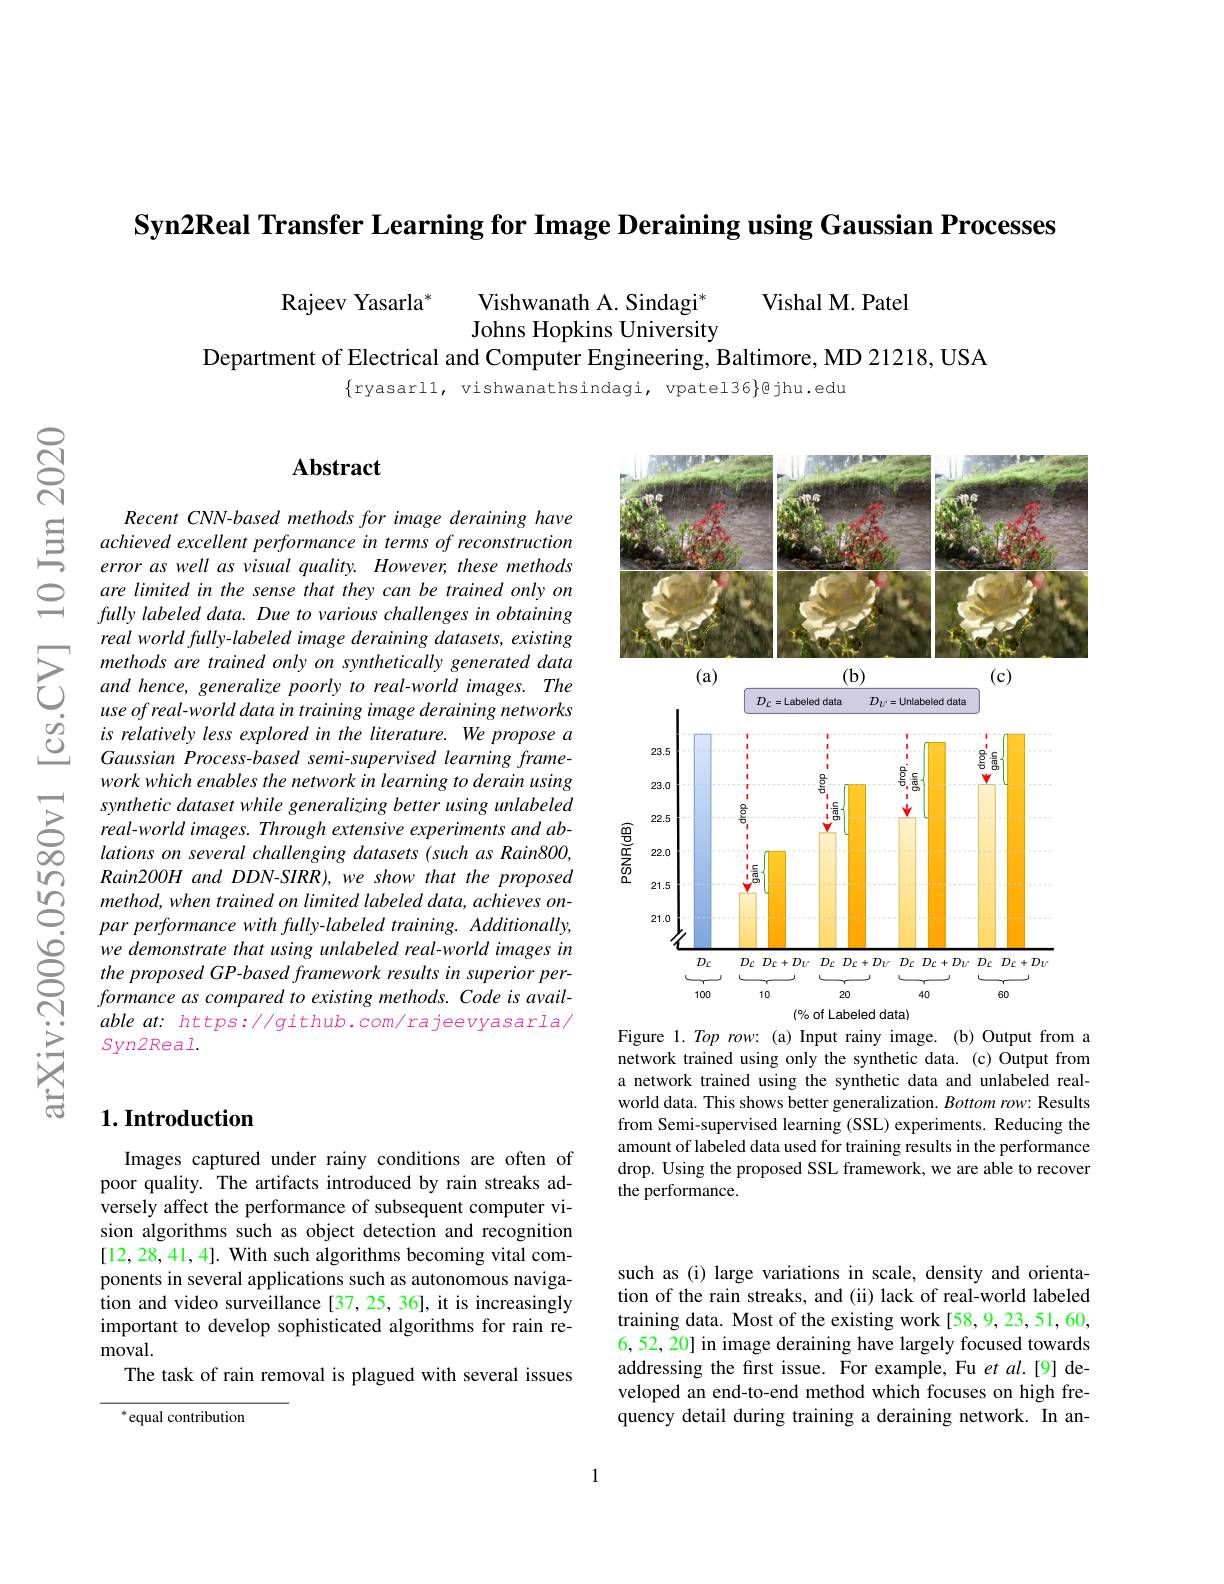
Syn2Real Transfer Learning for Image Deraining using Gaussian Processes

$ଟ୍ରି$

Rajeev Yasarla$^{*}$
Vishwanath A. Sindagi$^*$
Vishal M. Patel
Johns Hopkins University
Department of Electrical and Computer Engineering, Baltimore, MD 21218, USA
$$\{$ryasarll, vishwanathsindagi, vpatel36}@$jhu.edu

## $\mathbf{Abstract}$

<FigureHere>
Figure 1. Top row: (a) Input rainy image. (b) Output from a

$\begin{array}{ccc}&\text{Recent CNN-based methods for image dera}\end{array}$
are limited in the sense that they can be trained only on fully labeled data. Due to various challenges in obtaining real world fully- labeled image deraining datasets, existing methods are trained only on synthetically generated data and hence, generalize poorly to real-world images. The use of real-world data in training image deraining networks is relatively less explored in the literature. We propose a Gaussian Process-based semi-supervised learning framework which enables the network in learning to derain using synthetic dataset while generalizing better using unlabeled real-world images. Through extensive experiments and ablations on several challenging datasets (such as Rain800, $Rain200H$ and DDN-SIRR), we show that the proposed method, when trained on limited labeled data, achieves onpar performance with fully-labeled training. Additionally, we demonstrate that using unlabeled real-world images in the proposed GP-based framework results in superior performance as compared to existing methods. Code is available at: https://github.com/rajeevyasarla/ $syn2Real.$

network trained using only the synthetic data. (c) Output from a network trained using the synthetic data and unlabeled realworld data. This shows better generalization. Bottom row: Results from Semi-supervised learning (SSL) experiments. Reducing the amount of labeled data used for training results in the performance drop. Using the proposed SSL framework, we are able to recover the performance.

## $1. \textbf{Introduction}$

Images captured under rainy conditions are often of poor quality. The artifacts introduced by rain streaks adversely affect the performance of subsequent computer vision algorithms such as object detection and recognition [12,28,41,4]. With such algorithms becoming vital components in several applications such as autonomous navigation and video surveillance [37,25,36], it is increasingly important to develop sophisticated algorithms for rain removal.
The task of rain removal is plagued with several issues

such as (i) large variations in scale, density and orientation of the rain streaks, and (ii) lack of real-world labeled training data. Most of the existing work [58,9,23,51,60, 6,52, 20] in image deraining have largely focused towards addressing the first issue. For example, Fu $et$ al.[9] developed an end-to-end method which focuses on high frequency detail during training a deraining network. In an-

$^{*}$equal contribution

1